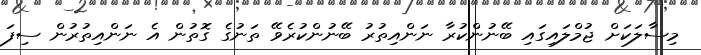
މިސާލަކަށް ޖުމްލައިގައި ބޭނުންކުރާ ނަންއިތުރު ބޭނުންކުރެވޭ ތަނުގެ ގޮތުން އެ ނަންއިތުރުން ސިފަ